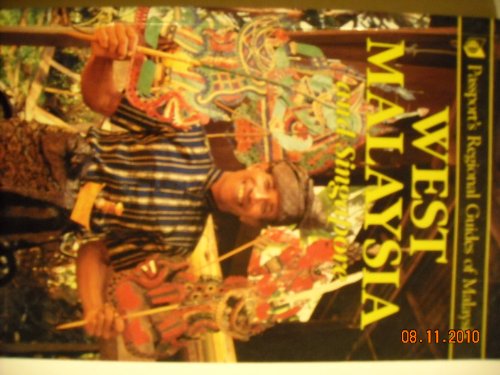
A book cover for West Malaysia and Singapore (Passport's Regional Guides of Malaysia); Travel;